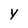
Character: Y